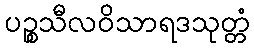
ပဉ္စသီလဝိသာရဒသုတ္တံ